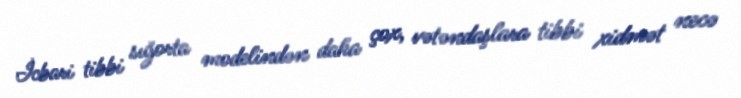
İcbari tibbi sığorta modelindən daha çox, vətəndaşlara tibbi xidmət necə